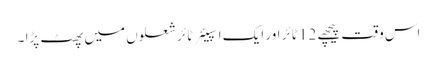
اس وقت پیچھے 12 ٹائر اور ایک اسپیئر ٹائر شعلوں میں پھٹ پڑا ۔